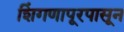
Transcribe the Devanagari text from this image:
शिंगणापूरपासून